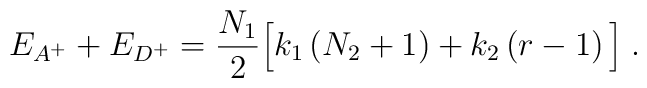
E_{A^{+}}+E_{D^{+}}=\frac{N_{1}}{2}\Big[ k_{1}\left(N_{2}+1\right) +k_{2}\left(r-1\right) \Big]\; .